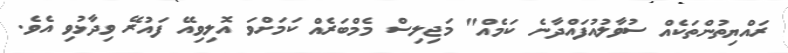
ރައްޔިތުންތަކެއް ސުވާލުއުފައްދާނެ ކަމެއް" މަޖިލިސް މެމްބަރެއް ކަމަށްވަ އޮލިވިއޭ ފައުރޭ ވިދާޅުވި އެވެ.